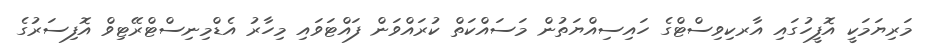
މަރިޔަމަކީ އޮފީހުގައި އާރކިވިސްޓްގެ ހައިސިއްޔަތުން މަސައްކަތް ކުރައްވަން ފައްޓަވައި މިހާރު އެޑްމިނިސްޓްރޭޓިވް އޮފިސަރުގެ